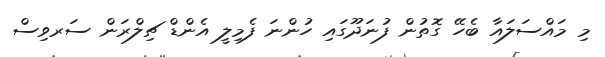
މި މައްސަލައާ ބެހޭ ގޮތުން ފުނަދޫގައި ހުންނަ ފެމިލީ އެންޑް ޗިލްރަން ސަރވިސް